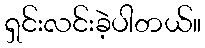
ရှင်းလင်းခဲ့ပါတယ်။